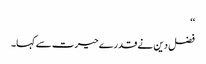
‘‘
فضل دین نے قدرے حیرت سے کہا۔